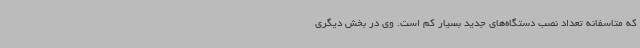
که متاسفانه تعداد نصب دستگاه‌های جدید بسیار کم است. وی در بخش دیگری